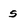
Character: s